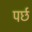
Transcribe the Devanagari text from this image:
पर्छ